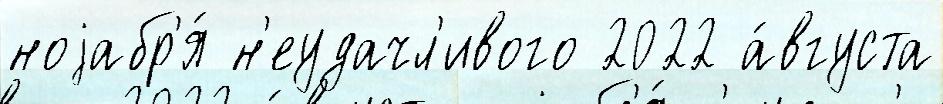
ноjабр'я́ н'еудачл'ивого 2022 а́вгуста